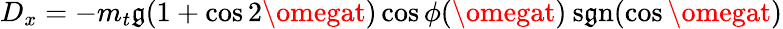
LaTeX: D_{x}=-m_{t}\mathfrak{g}(1+\cos2\omegat)\cos\phi(\omegat)\: \mathrm{{s\mathfrak{g}n}}(\cos\omegat)